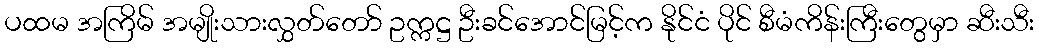
ပထမ အကြိမ် အမျိုးသားလွှတ်တော် ဥက္ကဋ္ဌ ဦးခင်အောင်မြင့်က နိုင်ငံ ပိုင် စီမံကိန်းကြီးတွေမှာ ဆီးသီး